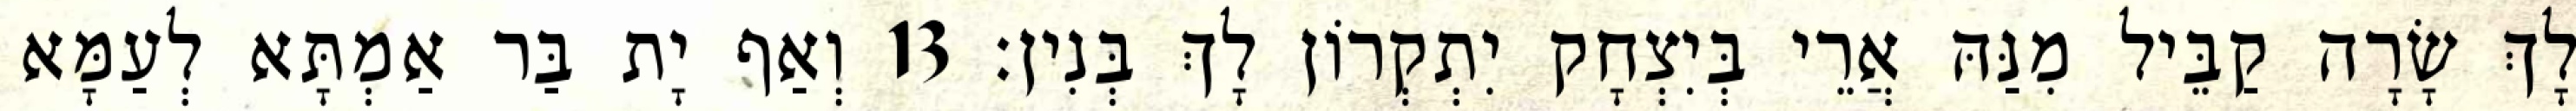
לָךְ שָׂרָה קַבֵּיל מִנַּהּ אֲרֵי בְּיִצְחָק יִתְקְרוֹן לָךְ בְּנִין׃ 13 וְאַף יָת בַּר אַמְתָּא לְעַמָּא